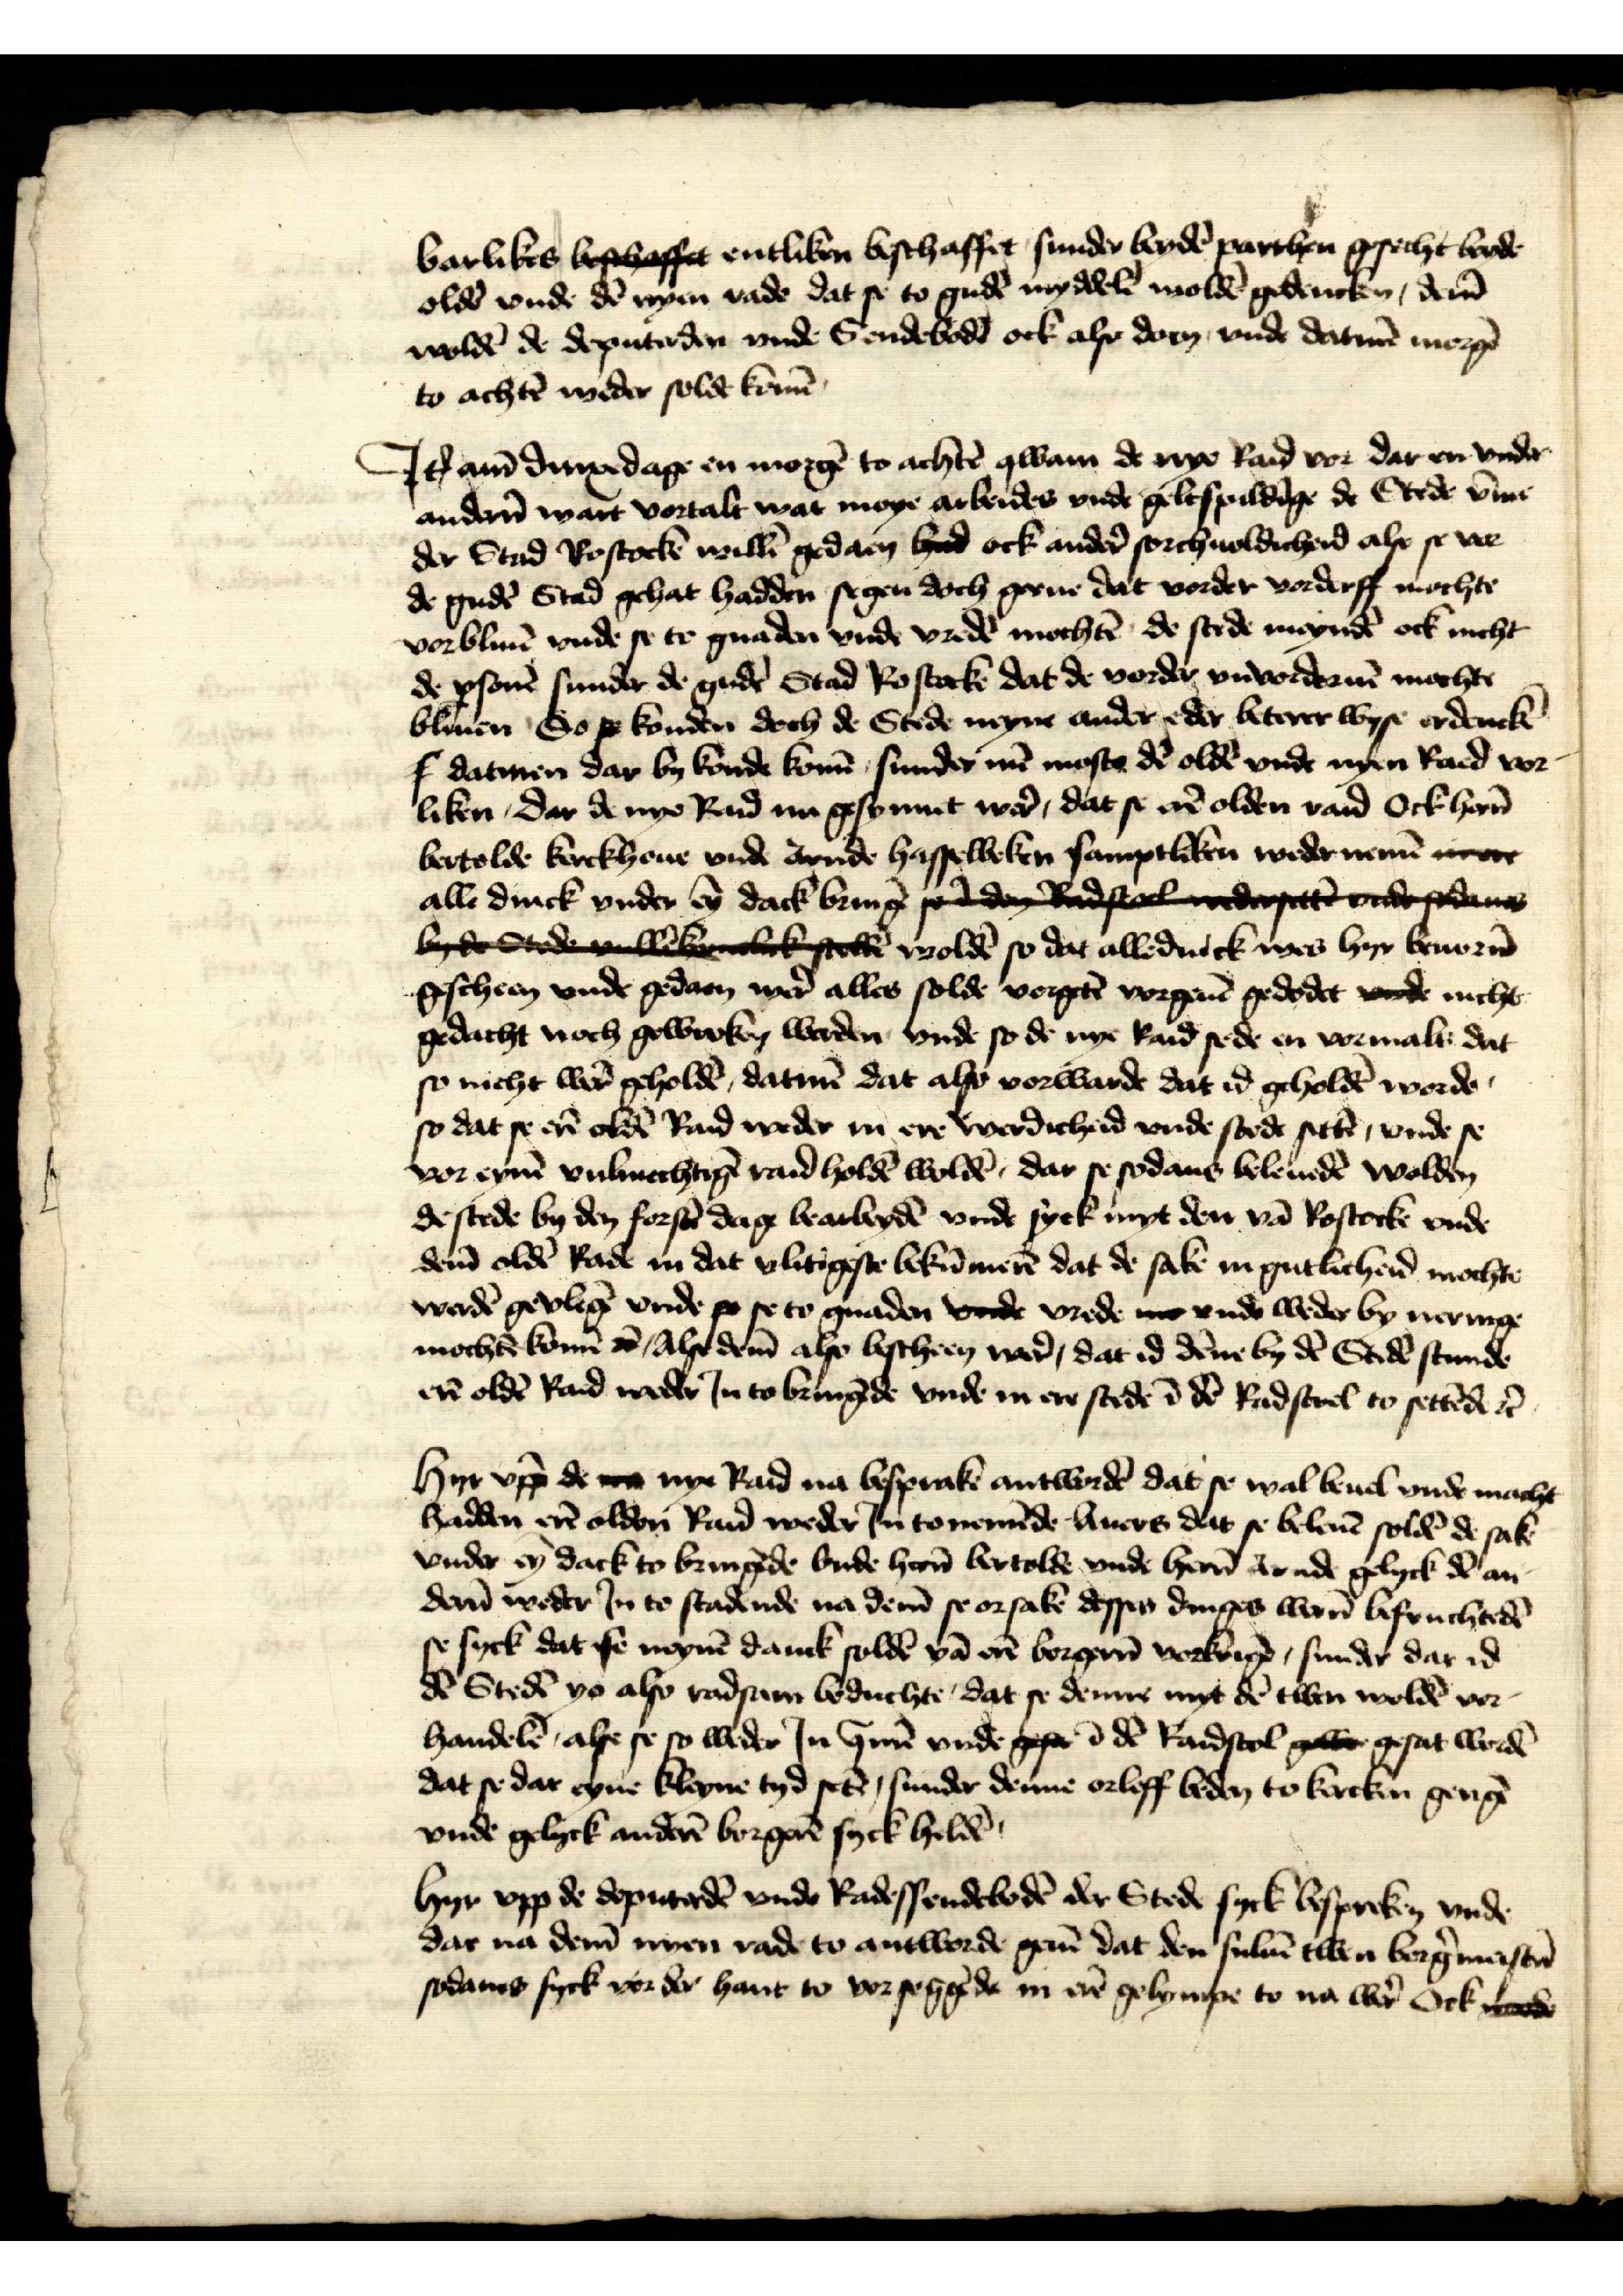
barlikes beshoffet entliken bschaffet sunder beydē parthen gesecht beyde
oldē vnde dē nyen rade dat se to gudē myddelē woldē gedencken, dem̄
woldē de deputerden vnde Sendebodē ock also doen, vnde datmē morgē
to achtē weder solde komē

Hyr vpp̄ de van nye Raid na besprake antwordē dat se wal buele vnde macht
Jꝷ am̄ dinxedage en morgē to achtē qwam de nye Raid vor dar en vnder
ander̉n want vortalt wat moye arbeides vnd geltspildīge de Stede v̄me
der Stad Rostocke willē gedaen hud ock ander̉ sorchuoldicheid alse se vor
to achtē weder solde komē
de gudē Stad gehat hadden segen doch gerne dat vorder vorderff mochte
vorbliuē vnde se to gnaden vnde vredē mochtē de stede meyndē ock nicht
de ꝑsonē sunder du gudē Stad Rostock dat de vorder vnvorderuē mochte
bliuen So se konden doch de Stede neyne ander eder beterer wyse erdenkē
s datmen dar by konde komē sunder nu moste dē oldē vnde nyen Raid vor¬
liken, dar de nye Rad na gesynnet wer̉, dat se erē olden raid Och her̉n
Bertolde Kerckhoue vnde Arnde Hasselbeken samptliken wedernemē nene
alle druck vnder eȳ dack bringē den idstock and vd adeue
byde Stede alebelikestekē woldē so dat alledinck wes hyr beuornē
gescheen vnde gedaen wer̉ alles solde vorgetē vorgeuē gededet vnde nicht
gedacht noch gewirken werden vnde so de nye Raid sede en vormals dat
so nicht wer̉ geholdē, datmē dat also vorwarde dat id gholdē worde
so dat erē oldē Rad weder in ere werdicheid vnde stede settē, vnde se
vor eynē vulmechtigē raid holdē woldē, dar se sodans beleudē wolden
de stede by den forstē dage bearbeydē vnde syk myt den vā Rostocke vnde
dem̄ oldē Rade in dat vlitigste bekūmerē dat de sake in gutlicheid mochte
werdē gevligē vride po se to gnaden vnde vrede mo vnd weder by neringe
mochtē komē en Alse dem̄ also bescheen wer̉, dat id dēne by dē Stedē stunde
erē oldē Raid weder Jn to bringēde vnde in ere stede ī dē Radstuel settēde et̉

Hyr vpp̄ de van nye Raid na besprake antwordē dat se wal buele vnde macht
hadden erē olden Rad weder Jn tonemēde Auers dat se beleuē soldē de sake
vnder eȳ dack to bringēde vnde hern Bertolde vnde hern Arnd gelyck dē an¬
der̉n weder Jn to stadende na dem̄ se orsake dessen denges werē befruchtedē
se syck dat se neynē danck soldē vā erē borgern vorkrigē, sunder dat id
dē Stedē yo also radsam beduchte, dat se denne myt dē twen woldē vor¬
handelē, alse se so weder Jn Here vnde gese ī dē Raidstol gewe gesat wordē
dat se dar eyne kleyne tyd setē, sunder denne orleff beden to kercken gerigē
vnde gelyck anderē borgerē syck heldē
Hyr vpp de deputerdē vnde Radessendebodē der Stede syck bespreken vnde
dar na dem̄ nyen rade to antworde geuē dat den suluē twen borg̉mesterē
sodanes syck vor der hant to vorseggēde in erē gelympe to na wer̉ Ock Rade